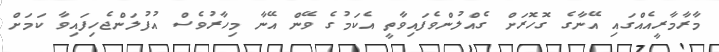
މާރާމާރީއެއްގައި އޭނާގެ ގޮހޮރަށް ގެއްލުންވެފައިވާތީ އެކަމުގެ ވޭން އޭނާ މިހާރުވެސް އުފުލަންޖެހިފައިވާ ކަމަށް